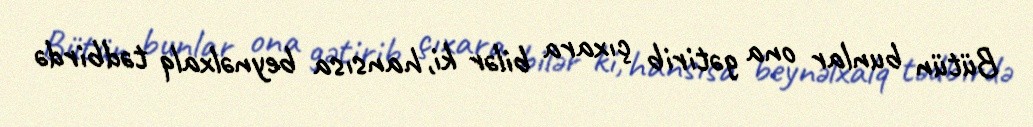
Bütün bunlar ona gətirib çıxara bilər ki, hansısa beynəlxalq tədbirdə